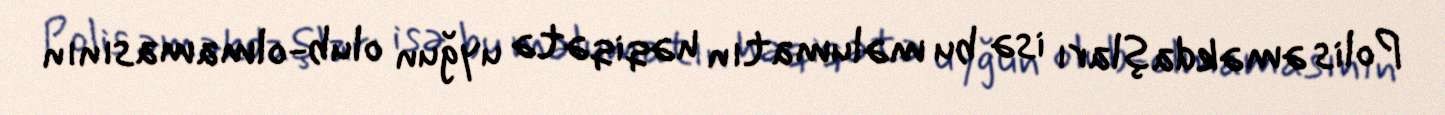
Polis əməkdaşları isə bu məlumatın həqiqətə uyğun olub-olmamasının